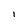
Character: I